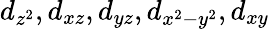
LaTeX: d_{z^{2}},d_{xz},d_{yz},d_{x^{2}-y^{2}},d_{xy}